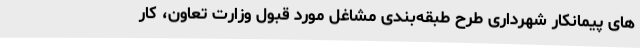
های پیمانکار شهرداری طرح طبقه‌بندی مشاغل مورد قبول وزارت تعاون، کار